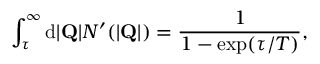
\int _ { \tau } ^ { \infty } \mathrm { d } | { \bf Q } | N ^ { \prime } ( | { \bf Q } | ) = \frac { 1 } { 1 - \mathrm { e x p } ( \tau / T ) } ,